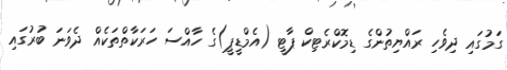
ގަމުގައި ދިވެހި ރައްޔިތުންގެ ޑިމޮކްރެޓިކް ޕާޓީ (އެމްޑީޕީ)ގެ ހާއްސަ ހަރަކާތްތަކެއް ދެވަނަ ބުރުގައި